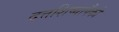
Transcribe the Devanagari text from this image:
दत्तशिष्यापैकी